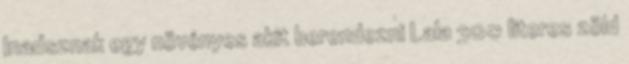
Inadsznak egy növényes akit berendezni Lala 300 literes zöld